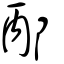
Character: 邴